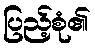
ပြည့်စုံ၏